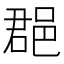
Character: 𨛦